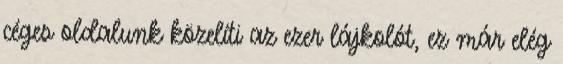
céges oldalunk közelíti az ezer lájkolót, ez már elég